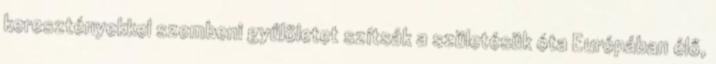
keresztényekkel szembeni gyűlöletet szítsák a születésük óta Európában élő,